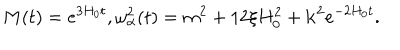
M ( t ) = e ^ { 3 H _ { 0 } t } , \omega _ { \alpha } ^ { 2 } ( t ) = m ^ { 2 } + 1 2 \xi H _ { 0 } ^ { 2 } + { \bf k } ^ { 2 } e ^ { - 2 H _ { 0 } t } .